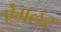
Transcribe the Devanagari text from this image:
ऐंगलर